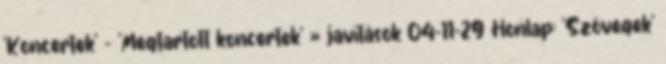
'Koncertek' - 'Megtartott koncertek' » javítások 04-11-29 Honlap: 'Szövegek'